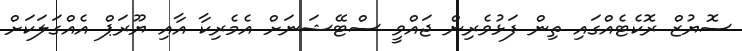
ސޮޔުޒް ރޮކެޓެއްގައި ތިން ފަޅުވެރިން ޖައްވީ ސްޓޭޝަނަށް އެމެރިކާ އާއި ޔޫރަޕް އެއްގަލަކަށް